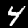
Digit: 4